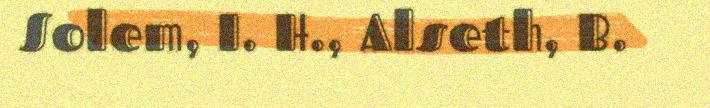
Solem, I. H., Alseth, B.